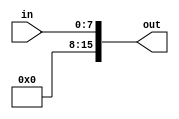
module zero_extend8bit(in, out);
  
  input [7:0] in;
  output [15:0] out;
  
  wire zero;
  assign zero = 1'b0;

  assign out = {{8{zero}},in};

endmodule